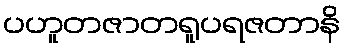
ပဟူတဇာတရူပရဇတာနိ